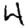
Digit: 4